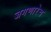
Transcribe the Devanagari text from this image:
जगणारेच